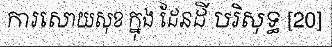
ការសោយសុខ ក្នុង ដែនដី បរិសុទ្ធ [20]